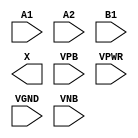
module sky130_fd_sc_lp__a21o (
    //# {{data|Data Signals}}
    input  A1  ,
    input  A2  ,
    input  B1  ,
    output X   ,

    //# {{power|Power}}
    input  VPB ,
    input  VPWR,
    input  VGND,
    input  VNB
);
endmodule